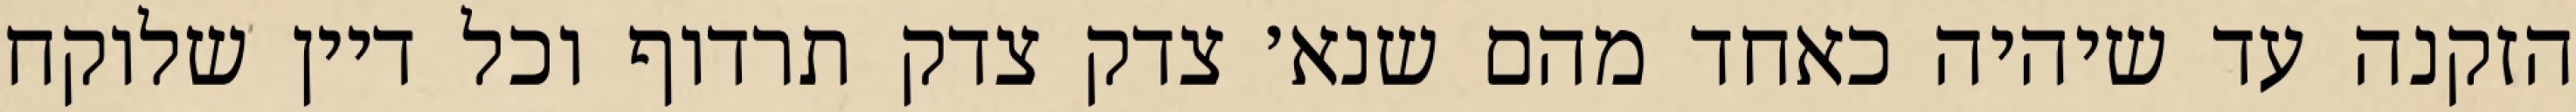
הזקנה עד שיהיה כאחד מהם שנא׳ צדק צדק תרדוף וכל דיין שלוקח